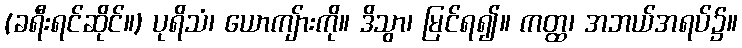
(ခရီးရင်ဆိုင်။) ပုရိသံ၊ ယောကျ်ားကို။ ဒိသွာ၊ မြင်ရ၍။ ကတ္ထ၊ အဘယ်အရပ်၌။